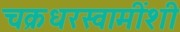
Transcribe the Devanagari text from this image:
चक्रधरस्वामींशी